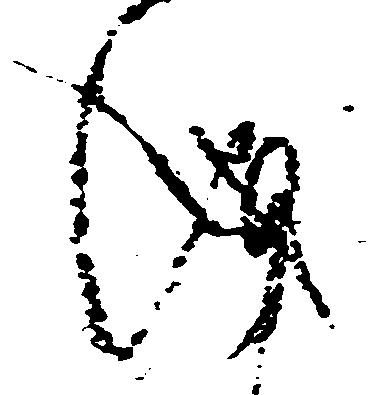
儀